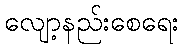
လျော့နည်းစေရေး